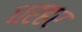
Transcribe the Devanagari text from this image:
धरहर